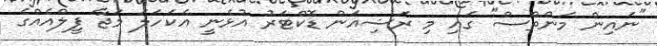
"ނައިން މަންތްސް" ގައި މި ރަޝިއަން ޑޮކްޓަރު އުޅެނީ އެކަހަލަ މަޖާ ފީލްއެއްގެ